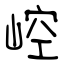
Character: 崆